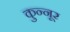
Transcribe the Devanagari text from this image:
कुन्नूर